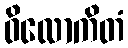
ဝိလောကိတံ